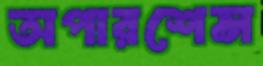
অপারশেন্স